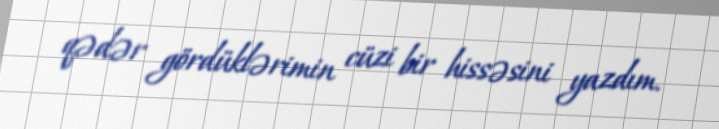
qədər gördüklərimin cüzi bir hissəsini yazdım.